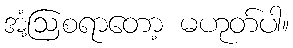
အံ့ဩစရာတော့ မဟုတ်ပါ။